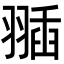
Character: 𦑣